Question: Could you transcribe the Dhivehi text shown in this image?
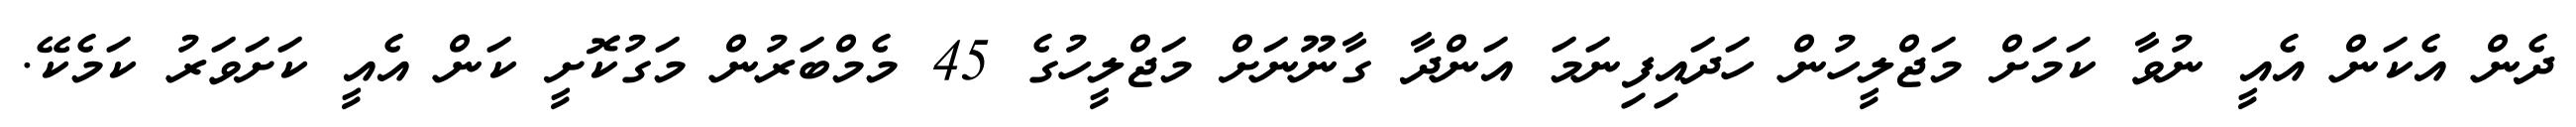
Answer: ދެން އެކަން އެއީ ނުވާ ކަމަށް މަޖްލީހުން ހަދައިފިނަމަ އަންދާ ގާނޫނަށް މަޖްލީހުގެ 45 މެމްބަރުން މަގުކޮށީ ކަން އެއީ ކަށަވަރު ކަމެކޭ.